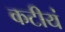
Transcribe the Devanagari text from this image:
कटीयं